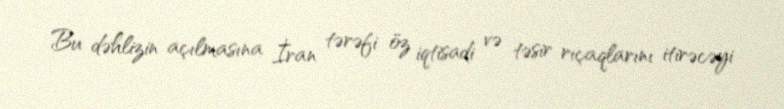
Bu dəhlizin açılmasına İran tərəfi öz iqtisadi və təsir rıçaqlarını itirəcəyi